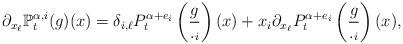
LaTeX: \begin{align*}\partial_{x_\ell}\mathbb{P}_t^{\alpha,i}(g)(x)=\delta_{i,\ell}P_t^{\alpha+e_i}\left(\frac{g}{._i}\right)(x)+x_i\partial_{x_\ell}P_t^{\alpha+e_i}\left(\frac{g}{._i}\right)(x),\end{align*}